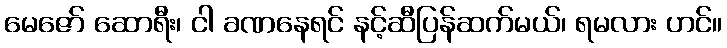
မေဇော် ဆောရီး၊ ငါ ခဏနေရင် နင့်ဆီပြန်ဆက်မယ်၊ ရမလား ဟင်။